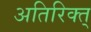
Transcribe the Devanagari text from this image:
अतिरिक्त्